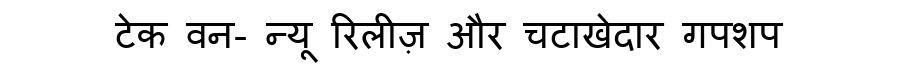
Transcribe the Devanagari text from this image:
टेक वन- न्यू रिलीज़ और चटाखेदार गपशप